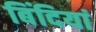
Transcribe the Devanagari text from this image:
बिंदियां